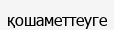
қошаметтеуге